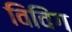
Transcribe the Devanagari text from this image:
विविंग